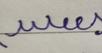
Signature authenticity: forged